Annual administration report of the Civil Veterinary Department of India - 1898-1899
Year: 1898
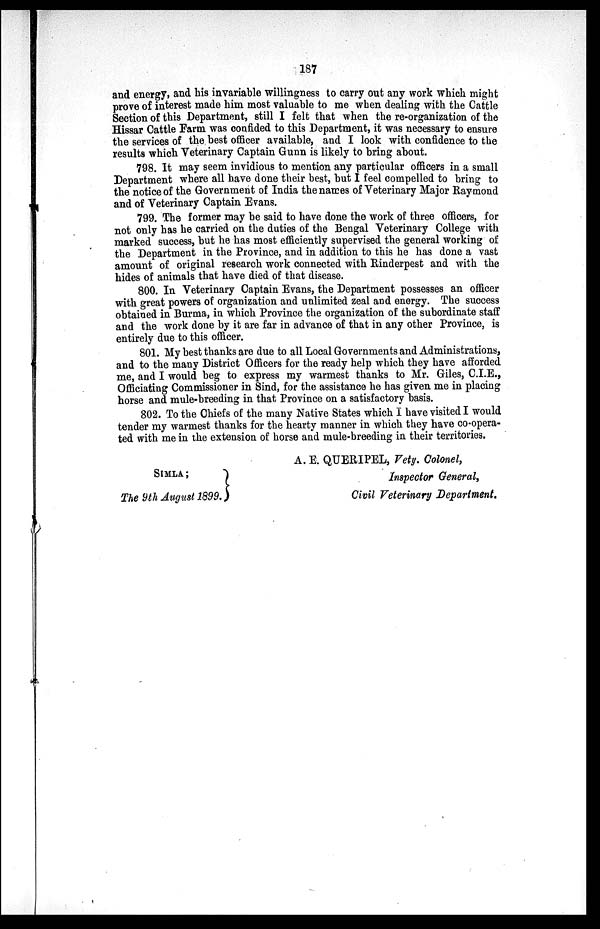
and energy, and his invariable willingness to carry out any work which might
prove of interest made him most valuable to me when dealing with the Cattle
Section of this Department, still I felt that when the re-organization of the
Hissar Cattle Farm was confided to this Department, it was necessary to ensure
the services of the best officer available, and I look with confidence to the
results which Veterinary Captain Gunn is likely to bring about.
798. It may seem invidious to mention any particular officers in a small
Department where all have done their best, but I feel compelled to bring to
the notice of the Government of India the names of Veterinary Major Raymond
and of Veterinary Captain Evans.
799. The former may be said to have done the work of three officers, for
not only has he carried on the duties of the Bengal Veterinary College with
marked success, but he has most efficiently supervised the general working of
the Department in the Province, and in addition to this he has done a vast
amount of original research work connected with Rinderpest and with the
hides of animals that have died of that disease.
800. In Veterinary Captain Evans, the Department possesses an officer
with great powers of organization and unlimited zeal and energy. The success
obtained in Burma, in which Province the organization of the subordinate staff
and the work done by it are far in advance of that in any other Province, is
entirely due to this officer.
801. My best thanks are due to all Local Governments and Administrations,
and to the many District Officers for the ready help which they have afforded
me, and I would beg to express my warmest thanks to Mr. Giles, C.I.E.,
Officiating Commissioner in Sind, for the assistance he has given me in placing
horse and mule-breeding in that Province on a satisfactory basis.
802. To the Chiefs of the many Native States which I have visited I would
tender my warmest thanks for the hearty manner in which they have co-opera-
ted with me in the extension of horse and mule-breeding in their territories.
SIMLA ;
The 9th August 1899.
A. E. QUERIPEL, Vety. Colonel,
Inspector General,
Civil Veterinary Department.